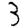
Digit: 3